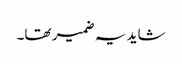
شاید یہ ضمیر تھا۔